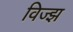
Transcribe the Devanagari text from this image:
विज्झ